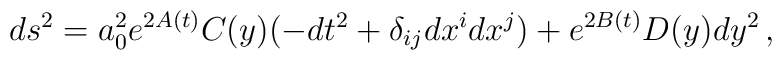
ds^2 = a_0^2e^{2A(t)} C(y)(-dt^2 + \delta_{ij}dx^idx^j)        + e^{2B(t)} D(y) dy^2 \,  ,